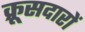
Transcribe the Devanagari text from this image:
क्रूसदारों